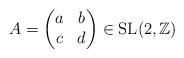
LaTeX: \begin{align*} A=\begin{pmatrix}a & b \\c & d \\\end{pmatrix}\in \mathrm{SL}(2,\mathbb{Z})\end{align*}